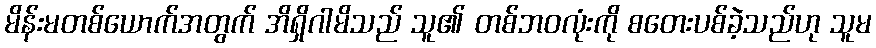
မိန်းမတစ်ယောက်အတွက် အိရှိဂါမိသည် သူ၏ တစ်ဘဝလုံးကို စတေးပစ်ခဲ့သည်ဟု သူမ